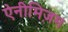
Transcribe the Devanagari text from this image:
ऐनीमिज़म